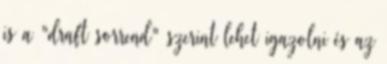
is a "draft sorrend" szerint lehet igazolni és az